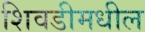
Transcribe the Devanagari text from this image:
शिवडीमधील